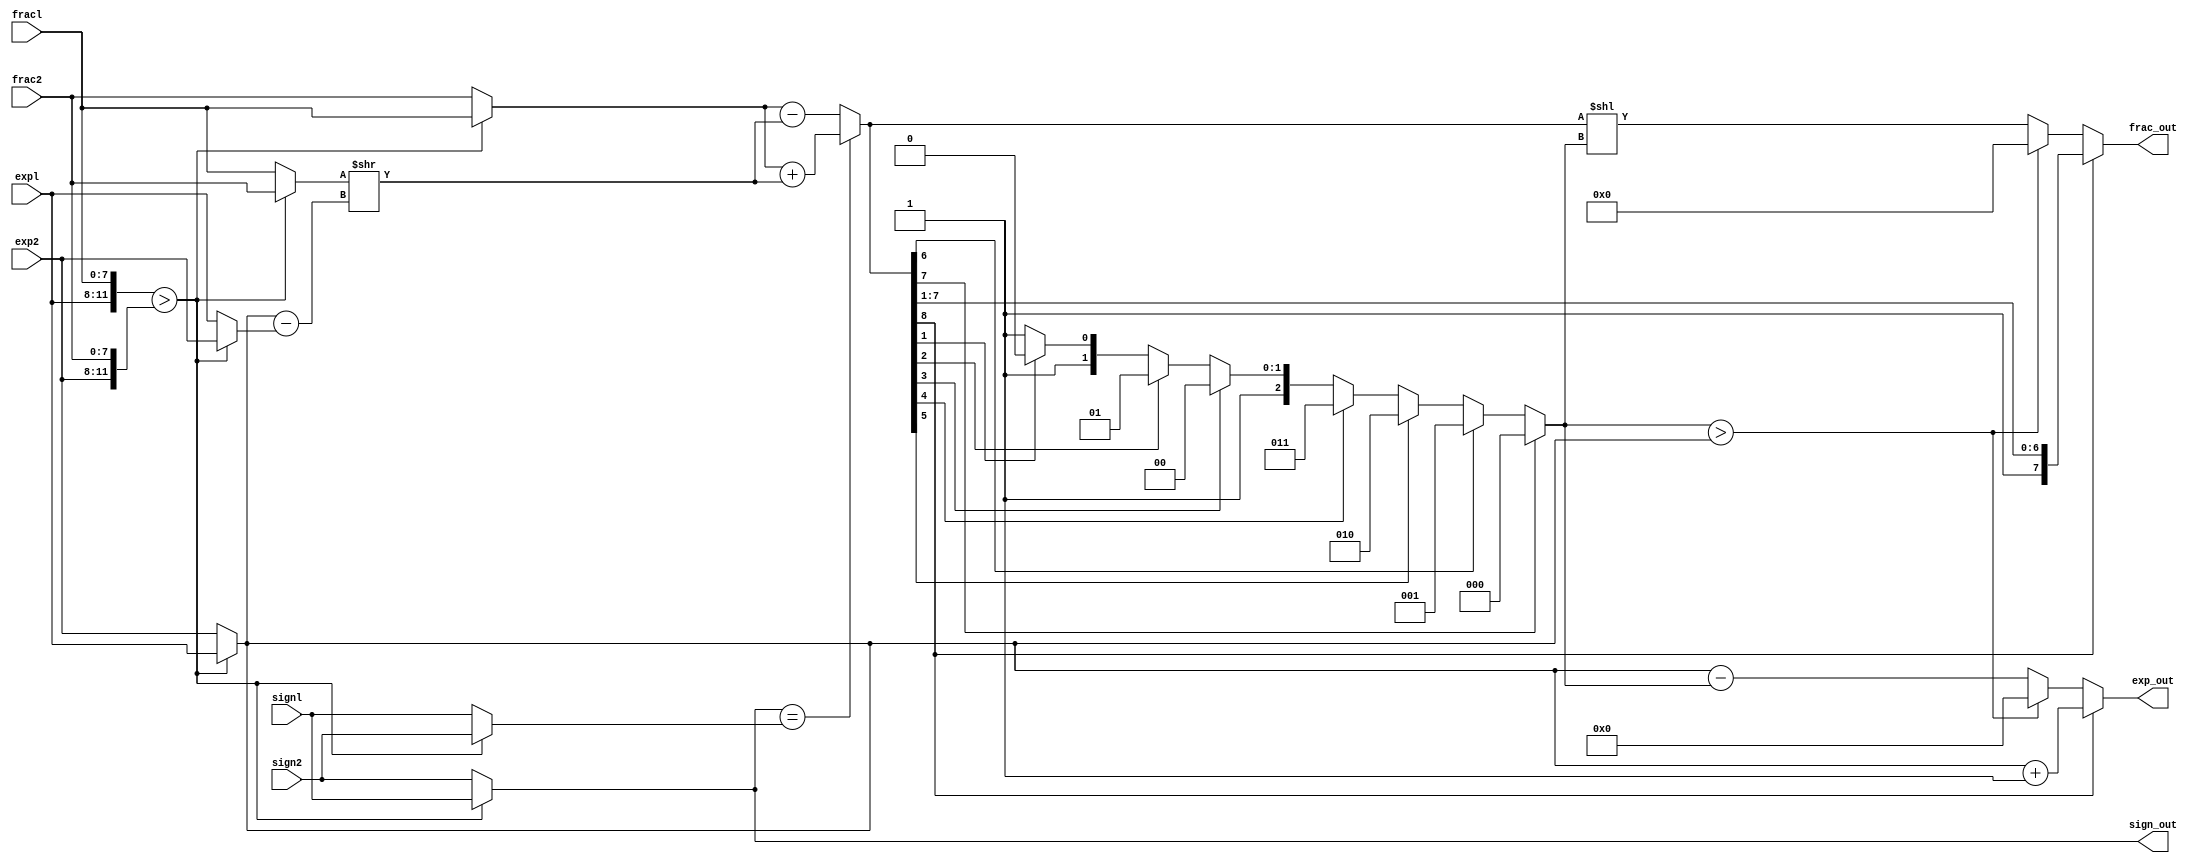
`timescale 1ns / 1ps
//////////////////////////////////////////////////////////////////////////////////
// Company: 
// Engineer: 
// 
// Design Name: 
// Module Name:    fp_adder 
// Project Name: 
// Target Devices: 
// Tool versions: 
// Description: 
//
// Dependencies: 
//
// Revision: 
// Revision 0.01 - File Created
// Additional Comments: 
//
//////////////////////////////////////////////////////////////////////////////////
 module fp_adder
 (
  input wire signl, sign2,
  input wire [3:0] expl, exp2,
  input wire [7:0] fracl, frac2,
  output reg sign_out ,
  output reg [3:0] exp_out ,
  output reg [7:0] frac_out
 );

// s i g n a l d e c l a r a t i o n
// s u f f i x b, s , a , n f o r
// b i g , s m a l l , a l i g n e d , n o r m a l i z e d number
  reg signb , signs ;
  reg [3:0] expb , exps , expn , exp_diff ;
  reg [7:0] fracb , fracs , fraca , fracn , sum_norm ;
  reg [8:0] sum;
  reg [2:0] lead0;
 // body
  always @*
   begin
   // 1st s t a g e : s o r t t o f i n d the l a r g e r number
   if ({expl , fracl} > {exp2, frac2})
    begin
     signb = signl ;
     signs = sign2;
     expb = expl ;
     exps = exp2;
     fracb = fracl ;
     fracs = frac2;
    end
   
	else
    begin
     signb = sign2;
     signs = signl ;
     expb = exp2;
     exps = expl ;
     fracb = frac2;
     fracs = fracl ;
    end
   
	// 2nd s t a g e : a l i g n s m a l l e r number
   exp_diff = expb - exps ;
   fraca = fracs >> exp_diff ;
   
	// 3 r d s t a g e : add/substract
   if (signb==signs)
    sum = {1'b0, fracb } + {1'b0, fraca};
   
	else
    sum = {1'b0, fracb } - {1'b0, fraca};
  
   // 4 t h s t a g e : n o r m a l i z e
   // count l e a d i n g 0s
   if (sum[7])
    lead0 = 3'o0;
   else if (sum[6])
    lead0 = 3'o1;
   else if (sum[5])
    lead0 = 3'o2;
   else if (sum[4])
    lead0 = 3'o3;
   else if (sum[3])
    lead0 = 3'o4;
   else if (sum[2])
    lead0 = 3'o5;
   else if (sum[1])
    lead0 = 3'o6;
   else
    lead0 = 3'o7;
  
   // s h i f t s i g n i f i c a n d a c c o r d i n g t o l e a d i n g 0
   sum_norm = sum << lead0;
   // tzormalize w i t h s p e c i a l c o n d i t i o n s
   if (sum[8]) // w i t h carry o u t ; s h i f t frac l o r i g h t
    begin
     expn = expb + 1;
     fracn = sum [8:1];
    end
   else if (lead0 > expb) // t o o small t o n o r m a l i z e
    begin
     expn = 0; // s e t t o 0
     fracn = 0;
    end
   else
    begin
     expn = expb - lead0;
     fracn = sum_norm;
    end
// ,form outpz~t
   sign_out = signb;
   exp_out = expn;
   frac_out = fracn;
  end
endmodule